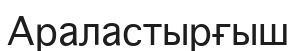
Араластырғыш